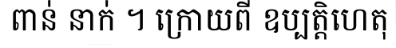
ពាន់ នាក់ ។ ក្រោយពី ឧប្បត្តិហេតុ